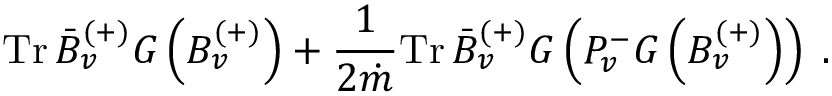
\mathrm { T r } \, \bar { B } _ { v } ^ { ( + ) } G \left( B _ { v } ^ { ( + ) } \right) + \frac { 1 } { 2 \dot { m } } \mathrm { T r } \, \bar { B } _ { v } ^ { ( + ) } G \left( P _ { v } ^ { - } G \left( B _ { v } ^ { ( + ) } \right) \right) \; .